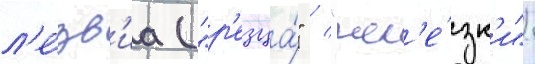
л'е́зв'иа ("р'езца́" / "жел'е́зк'и")